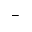
-